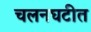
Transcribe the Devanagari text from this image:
चलनघटीत